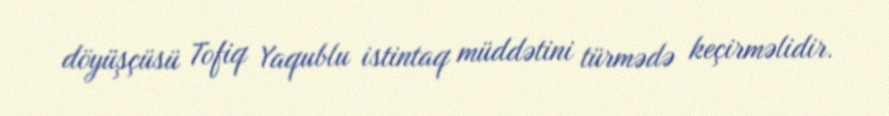
döyüşçüsü Tofiq Yaqublu istintaq müddətini türmədə keçirməlidir.